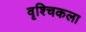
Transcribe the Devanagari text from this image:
वृश्‍चिकला